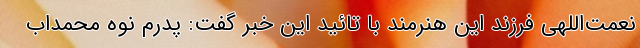
نعمت‌اللهی فرزند این هنرمند با تائید این خبر گفت: پدرم نوه محمداب